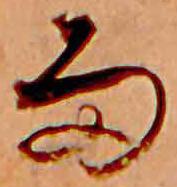
雨